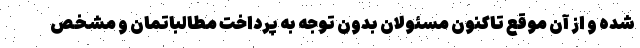
شده و از آن موقع تاکنون مسئولان بدون توجه به پرداخت مطالباتمان و مشخص